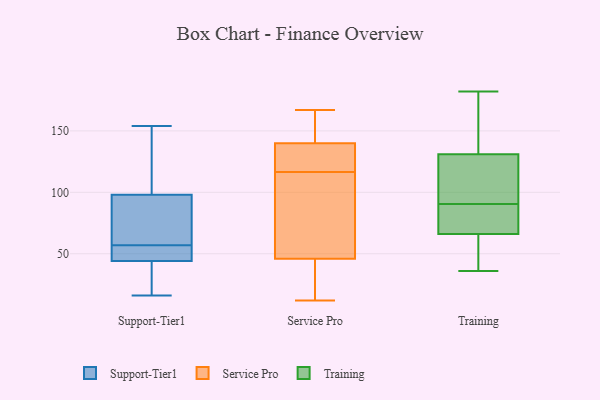
{"axis": {"x": "Satisfaction Score", "y": "Value"}, "legend": ["Service Pro", "Support-Tier1", "Training"], "data": [{"x": "", "y": 58, "type": "Support-Tier1"}, {"x": "", "y": 77, "type": "Support-Tier1"}, {"x": "", "y": 98, "type": "Support-Tier1"}, {"x": "", "y": 34, "type": "Support-Tier1"}, {"x": "", "y": 50, "type": "Support-Tier1"}, {"x": "", "y": 16, "type": "Support-Tier1"}, {"x": "", "y": 80, "type": "Support-Tier1"}, {"x": "", "y": 56, "type": "Support-Tier1"}, {"x": "", "y": 122, "type": "Support-Tier1"}, {"x": "", "y": 154, "type": "Support-Tier1"}, {"x": "", "y": 43, "type": "Support-Tier1"}, {"x": "", "y": 142, "type": "Support-Tier1"}, {"x": "", "y": 51, "type": "Support-Tier1"}, {"x": "", "y": 44, "type": "Support-Tier1"}, {"x": "", "y": 167, "type": "Service Pro"}, {"x": "", "y": 115, "type": "Service Pro"}, {"x": "", "y": 12, "type": "Service Pro"}, {"x": "", "y": 140, "type": "Service Pro"}, {"x": "", "y": 46, "type": "Service Pro"}, {"x": "", "y": 118, "type": "Service Pro"}, {"x": "", "y": 58, "type": "Service Pro"}, {"x": "", "y": 164, "type": "Service Pro"}, {"x": "", "y": 41, "type": "Service Pro"}, {"x": "", "y": 129, "type": "Service Pro"}, {"x": "", "y": 131, "type": "Training"}, {"x": "", "y": 66, "type": "Training"}, {"x": "", "y": 36, "type": "Training"}, {"x": "", "y": 129, "type": "Training"}, {"x": "", "y": 80, "type": "Training"}, {"x": "", "y": 141, "type": "Training"}, {"x": "", "y": 131, "type": "Training"}, {"x": "", "y": 182, "type": "Training"}, {"x": "", "y": 66, "type": "Training"}, {"x": "", "y": 165, "type": "Training"}, {"x": "", "y": 60, "type": "Training"}, {"x": "", "y": 43, "type": "Training"}, {"x": "", "y": 101, "type": "Training"}, {"x": "", "y": 70, "type": "Training"}]}